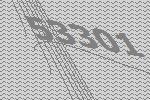
53301